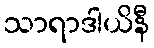
သာရာဒါယိနီ